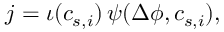
j = \iota ( c _ { s , i } ) \, \psi ( \Delta \phi , c _ { s , i } ) ,